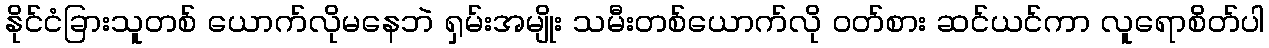
နိုင်ငံခြားသူတစ် ယောက်လိုမနေဘဲ ရှမ်းအမျိုး သမီးတစ်ယောက်လို ဝတ်စား ဆင်ယင်ကာ လူရောစိတ်ပါ